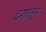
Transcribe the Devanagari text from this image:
ढगांतून